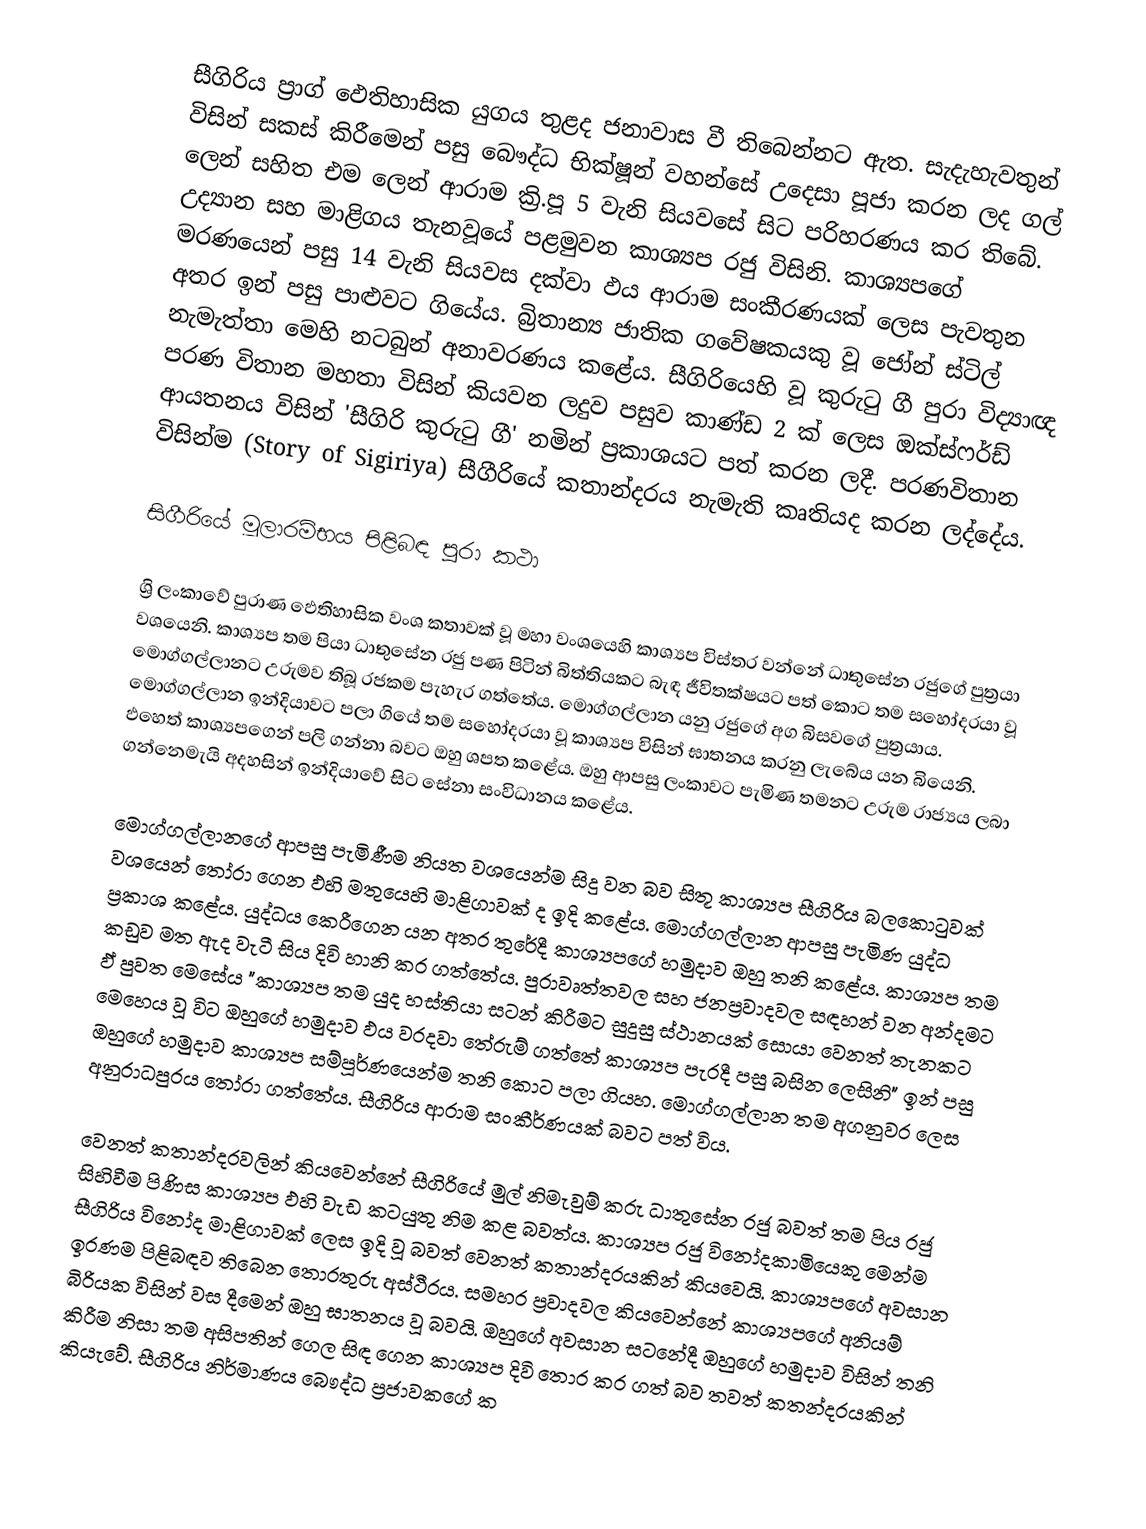
සීගිරිය ප්‍රාග් ඵෙතිහාසික යුගය තුළද ජනාවාස වී තිබෙන්නට ඇත. සැදැහැවතුන් විසින් සකස් කිරීමෙන් පසු බෞද්ධ භික්ෂූන් වහන්සේ උදෙසා පූජා කරන ලද ගල් ලෙන් සහිත එම ලෙන් ආරාම ක්‍රි.පූ 5 වැනි සියවසේ සිට පරිහරණය කර තිබේ. උද්‍යාන සහ මාළිගය තැනවූයේ පළමුවන කාශ්‍යප රජු විසිනි. කාශ්‍යපගේ මරණයෙන් පසු 14 වැනි සියවස දක්වා ඵය ආරාම සංකීරණයක් ලෙස පැවතුන අතර ඉන් පසු පාළුවට ගියේය. බ්‍රිතාන්‍ය ජාතික ගවේෂකයකු වූ ජෝන් ස්ටිල් නැමැත්තා මෙහි නටබුන් අනාවරණය කළේය. සීගිරියෙහි වූ කුරුටු ගී පුරා විද්‍යාඥ පරණ විතාන මහතා විසින් කියවන ලදුව පසුව  කාණ්ඩ 2 ක් ලෙස ඔක්ස්ෆර්ඩ් ආයතනය විසින් 'සීගිරි කුරුටු ගී' නමින් ප්‍රකාශයට පත් කරන ලදී. පරණවිතාන විසින්ම (Story of Sigiriya) සීගීරියේ කතාන්දරය නැමැති කෘතියද කරන ලද්දේය.

සිගීරියේ මූලාරම්භය පිළිබඳ පුරා කථා

ශ්‍රි ලංකාවේ පුරාණ ඵෙතිහාසික වංශ කතාවක් වූ මහා වංශ‍යෙහි කාශ්‍යප විස්තර වන්නේ ධාතුසේන රජුගේ පුත්‍රයා වශයෙනි. කාශ්‍යප තම පියා ධාතුසේන රජු පණ පිටින් බිත්තියකට බැඳ ජීවිතක්ෂයට පත් කොට තම සහෝදරයා වූ මොග්ගල්ලානට උරුමව තිබූ රජකම පැහැර ගත්තේය. මොග්ගල්ලාන යනු රජුගේ අග බිසවගේ පුත්‍රයාය. මොග්ගල්ලාන ඉන්දියාවට පලා ගියේ තම සහෝදරයා වූ කාශ්‍යප විසින් ඝාතනය කරනු ලැබේය යන බියෙනි. ඵහෙත් කාශ්‍යපගෙන් පලි ගන්නා බවට ඔහු ශපත කළේය. ඔහු ආපසු ලංකාවට පැමිණ තමනට උරුම රාජ්‍යය ලබා ගන්නෙමැයි අදහසින් ඉන්දියාවේ සිට සේනා සංවිධානය කළේය.

මොග්ගල්ලානගේ ආපසු පැමිණීම නියත වශයෙන්ම සිදු වන බව සිතූ කාශ්‍යප සීගිරිය බලකොටුවක් වශයෙන් තෝරා ගෙන ඵහි මතුයෙහි මාළිගාවක් ද ඉදි කළේය. මොග්ගල්ලාන ආපසු පැමිණ යුද්ධ ප්‍රකාශ කළේය. යුද්ධය කෙරීගෙන යන අතර තුරේදී කාශ්‍යපගේ හමුදාව ඔහු තනි කළේය. කාශ්‍යප තම කඩුව මත ඇද වැටී සිය දිවි හානි කර ගත්තේය. පුරාවෘත්තවල සහ  ජනප්‍රවාදවල සඳහන් වන අන්දමට ඵ් පුවත මෙසේය "කාශ්‍යප තම යුද හස්තියා සටන් කිරීමට සුදුසු ස්ථානයක් සොයා වෙනත් තැනකට මෙහෙය වූ විට ඔහුගේ හමුදාව ඵය වරදවා තේරුම් ගත්තේ කාශ්‍යප පැරදී පසු බසින ලෙසිනි" ඉන් පසු ඔහුගේ හමුදාව කාශ්‍යප සම්පූර්ණයෙන්ම තනි කොට පලා ගියහ. මොග්ගල්ලාන තම අගනුවර ලෙස අනුරාධපුරය තෝරා ගත්තේය. සීගිරිය ආරාම සංකීර්ණයක් බවට පත් විය.

වෙනත් කතාන්දරවලින් කියවෙන්නේ සීගිරියේ මුල් නිමැවුම් කරු ධාතුසේන රජු බවත් තම පිය රජු සිහිවීම පිණිස කාශ්‍යප ඵහි වැඩ කටයුතු නිම කළ බවත්ය. කාශ්‍යප රජු  විනෝදකාමියෙකු මෙන්ම සීගිරිය විනෝද මාළිගාවක් ලෙස ඉදි වූ බවත් වෙනත් කතාන්දරයකින් කියවෙයි. කාශ්‍යපගේ අවසාන ඉරණම පිළිබඳව තිබෙන තොරතුරු අස්ථීරය. සමහර ප්‍රවාදවල කියවෙන්නේ කාශ්‍යපගේ අනියම් බිරියක විසින් වස දීමෙන් ඔහු ඝාතනය වූ බවයි. ඔහුගේ අවසාන සටනේදී ඔහුගේ හමුදාව විසින් තනි කිරීම නිසා තම අසිපතින් ගෙල සිඳ ගෙන කාශ්‍යප දිවි තොර කර ගත් බව තවත් කතන්දරයකින් කියැවේ. සීගිරිය නිර්මාණය බෞද්ධ ප්‍රජාවකගේ ක